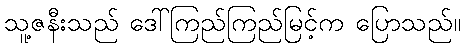
သူ့ဇနီးသည် ဒေါ်ကြည်ကြည်မြင့်က ပြောသည်။